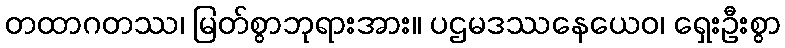
တထာဂတဿ၊ မြတ်စွာဘုရားအား။ ပဌမဒဿနေယေဝ၊ ရှေးဦးစွာ